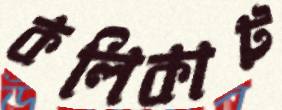
কলিকাট